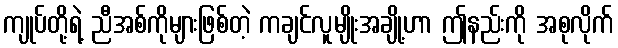
ကျုပ်တို့ရဲ့ ညီအစ်ကိုများဖြစ်တဲ့ ကချင်လူမျိုးအချို့ဟာ ဤနည်းကို အစုလိုက်